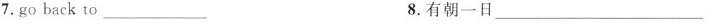
7.go back to___8.有朝一日___